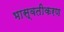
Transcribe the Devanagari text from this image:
भास्वतीकरण